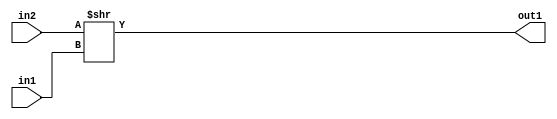
`timescale 1ps / 1ps
/*****************************************************************************
    Verilog RTL Description
    
    
    Created by: Stratus DpOpt 2019.1.01 
*******************************************************************************/

module cache_RightShift_320Ux10S_10U_4 (
	in2,
	in1,
	out1
	); /* architecture "behavioural" */ 
input [319:0] in2;
input [9:0] in1;
output [9:0] out1;
wire [9:0] asc001;

assign asc001 = in2 >> in1;

assign out1 = asc001;
endmodule

/* CADENCE  ubHwTQw= : u9/ySgnWtBlWxVPRXgAZ4Og= ** DO NOT EDIT THIS LINE ******/